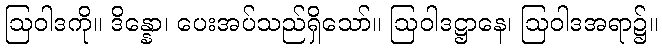
ဩဝါဒကို။ ဒိန္နော၊ ပေးအပ်သည်ရှိသော်။ ဩဝါဒဋ္ဌာနေ၊ ဩဝါဒအရာ၌။